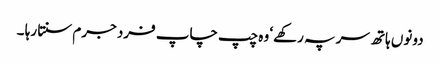
دونوں ہاتھ سر پہ رکھے‘ وہ چپ چاپ فرد جرم سنتا رہا ۔